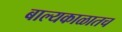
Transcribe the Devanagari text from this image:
बाल्यकाळातच